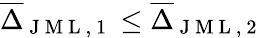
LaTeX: \overline{{\Delta}}_{\mathrm{~J~M~L~,~1~}}\leq\overline{{\Delta}}_{\mathrm{~J~M~L~,~2~}}